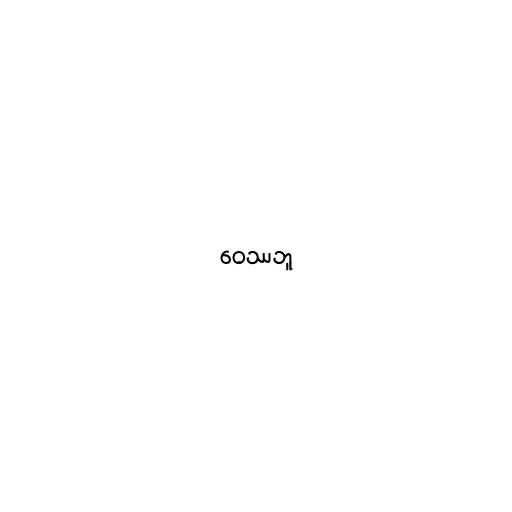
ဝေဿဘူ